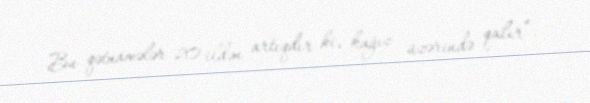
Bu qətnamələr 20 ildən artıqdır ki, kağız üzərində qalır”.